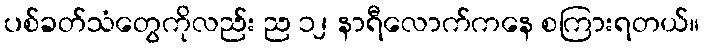
ပစ်ခတ်သံတွေကိုလည်း ည ၁၂ နာရီလောက်ကနေ စကြားရတယ်။